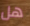
هل